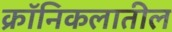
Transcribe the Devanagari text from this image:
क्रॉनिकलातील